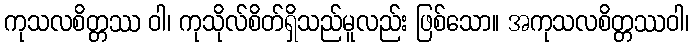
ကုသလစိတ္တဿ ဝါ၊ ကုသိုလ်စိတ်ရှိသည်မူလည်း ဖြစ်သော။ အကုသလစိတ္တဿဝါ၊